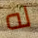
له